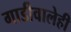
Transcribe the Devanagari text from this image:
गाडीवालेही